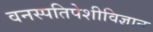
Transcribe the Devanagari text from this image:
वनस्पतिपेशीविज्ञान